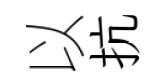
以抗